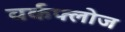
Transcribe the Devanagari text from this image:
वर्कफ्लोज